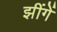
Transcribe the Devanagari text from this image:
झींगें